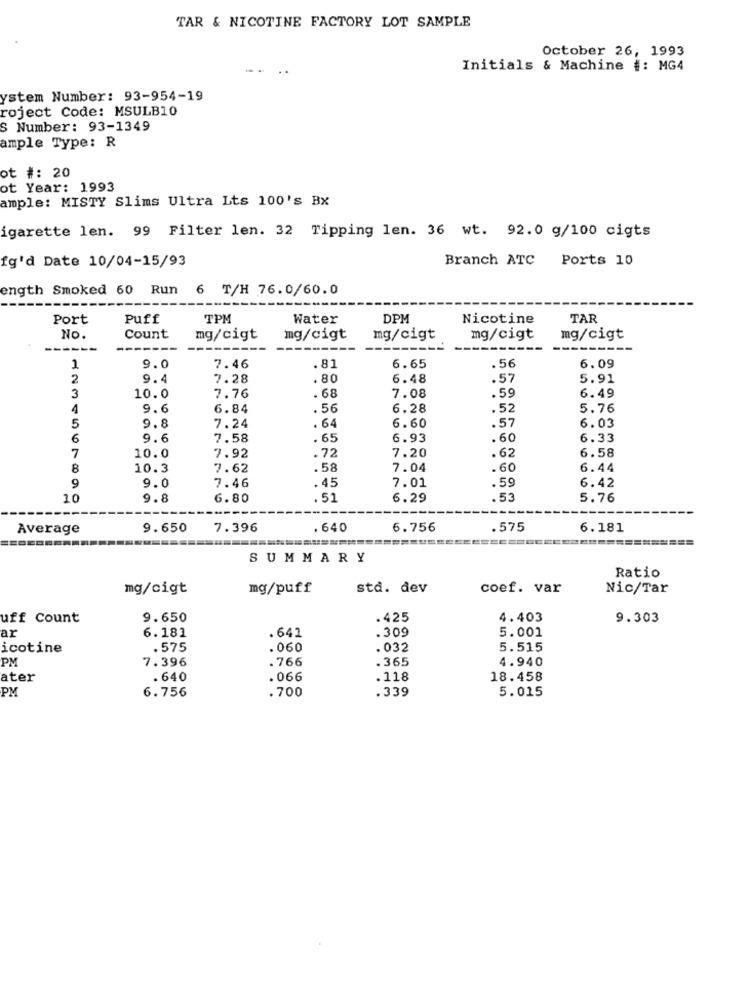
TAR & NICOTINE FACTORY LOT SAMPLE
October 26, 1993
Initials & Machine #: MG4
ystem Number: 93-954-19
roject Code: MSULB10
S Number: 93-1349
ample Type: R
ot #: 20
ot Year: 1993
ample: MISTY Slims Ultra Lts 100's Bx
igarette len. 99 Filter len. 32 Tipping len. 36 wt. 92.0 g/100 cigts
fg'd Date 10/04-15/93
Branch ATC Ports 10
ength Smoked 60 Run 6 T/H 76.0/60.0
Port
Puff
TPM
Water
DPM
Nicotine
TAR
No.
Count
mg/cigt
mg/cigt
mg/cigt
mg/cigt
mg/cigt
---
----
-------
---------
.56
6.09
1
9.0
7.46
.81
6.65
2
9.4
7.28
.80
6.48
.57
5.91
.59
3
10.0
7.76
68
7.08
6.49
4
9.6
6.84
. 56
6.28
.52
5.76
.57
6.03
5
9.8
7.24
. 64
6.60
6
9.6
7.58
. 65
6.93
.60
6.33
7.92
6.58
7
10.0
.72
7.20
.62
8
10.3
7.62
. 58
7.04
.60
6.44
7.46
.45
7.01
.59
6.42
9
9.0
10
9.8
6.80
.51
6.29
.53
5.76
Average
9.650
7.396
. 640
6.756
.575
6.181
SUMMARY
Ratio
mg/cigt
mg/puff
stå. dev
coef. var
Nic/Tar
uff Count
9.650
.425
4.403
9.303
ar
.309
5.001
6.181
.641
icotine
.575
.060
.032
5.515
PM
7.396
.766
.365
4.940
ater
. 640
. 066
. 118
18.458
PM
6.756
.700
.339
5.015